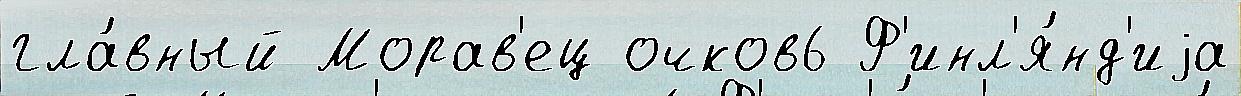
гла́вный Морав'ец очков6 Ф'инл'я́нд'иjа